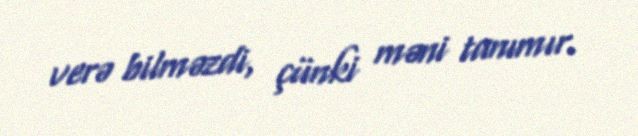
verə bilməzdi, çünki məni tanımır.